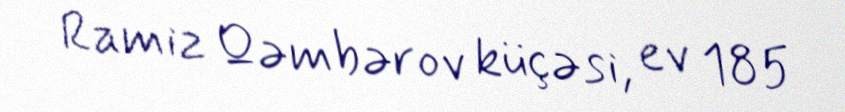
Ramiz Qəmbərov küçəsi, ev 185